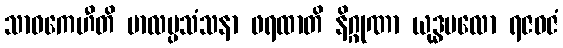
သာဝကေဟီတိ ဗာလပ္ပသံသနာ ဖရထာတိ နိဂ္ဂုဏာ ယုဒ္ဓဗလော ရဇဓဇံ